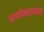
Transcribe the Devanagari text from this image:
प्राणीमात्रांमध्ये